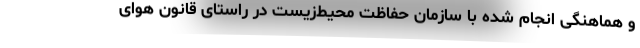
و هماهنگی انجام شده با سازمان حفاظت محیط‌زیست در راستای قانون هوای